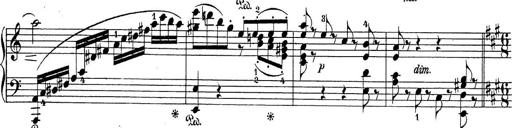
Title: Sonatina Album
Composer: Louis KÃ¶hler